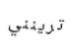
ترينني